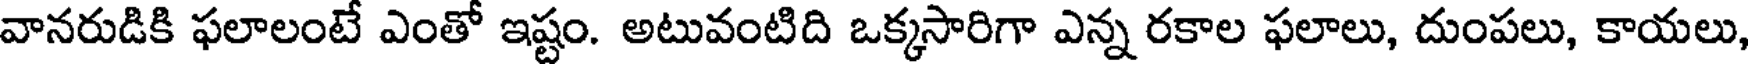
వానరుడికి ఫలాలంటే ఎంతో ఇష్టం. అటువంటిది ఒక్కసారిగా ఎన్న రకాల ఫలాలు, దుంపలు, కాయలు,